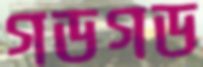
গডগড